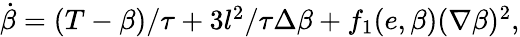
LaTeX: \begin{array}{r}{\dot{\beta}=(T-\beta)/\tau+3l^{2}/\tau\Delta\beta+f_{1}(e,\beta)(\nabla\beta)^{2},}\end{array}